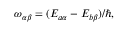
\begin{array} { r } { \omega _ { \alpha \beta } = ( { E _ { a \alpha } - E _ { b \beta } } ) / { \hbar } , } \end{array}